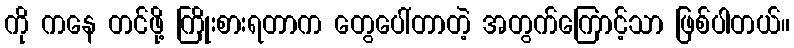
ကို ကနေ တင်ဖို့ ကြိုးစားရတာက တွေပေါ်တာတဲ့ အတွက်ကြောင့်သာ ဖြစ်ပါတယ်။